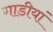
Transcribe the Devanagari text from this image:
गाडीयां